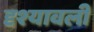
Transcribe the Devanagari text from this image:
दृश्‍यावली